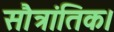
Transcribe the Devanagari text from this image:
सौत्रांतिक।